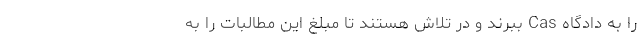
را به دادگاه Cas ببرند و در تلاش هستند تا مبلغ این مطالبات را به